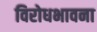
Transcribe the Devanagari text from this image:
विरोधभावना